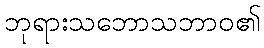
ဘုရားသဘောသဘာဝ၏